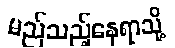
မည်သည့်နေရာသို့